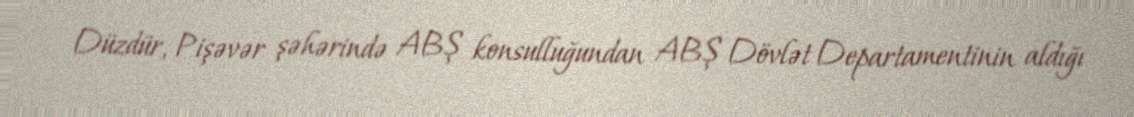
Düzdür, Pişəvər şəhərində ABŞ konsulluğundan ABŞ Dövlət Departamentinin aldığı